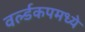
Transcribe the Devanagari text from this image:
वर्ल्डकपमध्ये